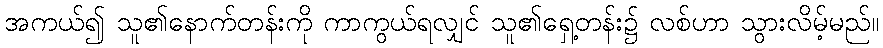
အကယ်၍ သူ၏နောက်တန်းကို ကာကွယ်ရလျှင် သူ၏ရှေ့တန်း၌ လစ်ဟာ သွားလိမ့်မည်။